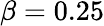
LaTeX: \beta=0.25